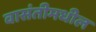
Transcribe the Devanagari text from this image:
वासंतीमधील